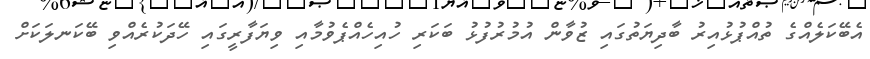
އެބޭކަލެއްގެ ތުއްޕުޅުއިރު ބާދިޔަތުގައި ޒުވާން އުމުރުފުޅު ބަކަރި ހުއިހެއްޕެވުމާއި ވިޔަފާރީގައި ހޭދަކުރެއްވި ބޭކަނލަކަށް